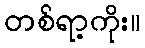
တစ်ရာ့ကိုး။